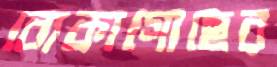
বোকাগোছের